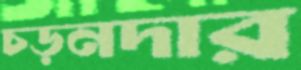
চড়নদার